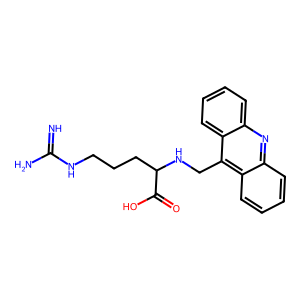
SMILES: N=C(N)NCCCC(NCc1c2ccccc2nc2ccccc12)C(=O)O
Inhibits HIV replication: No